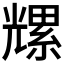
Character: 𫤡